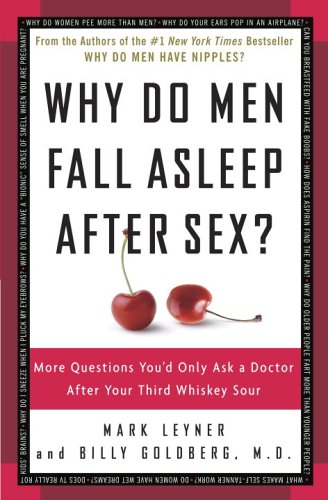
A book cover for Why Do Men Fall Asleep After Sex?: More Questions You'd Only Ask a Doctor After Your Third Whiskey Sour; Mark Leyner; Humor & Entertainment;